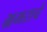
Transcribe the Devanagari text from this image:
भ्रमराचे